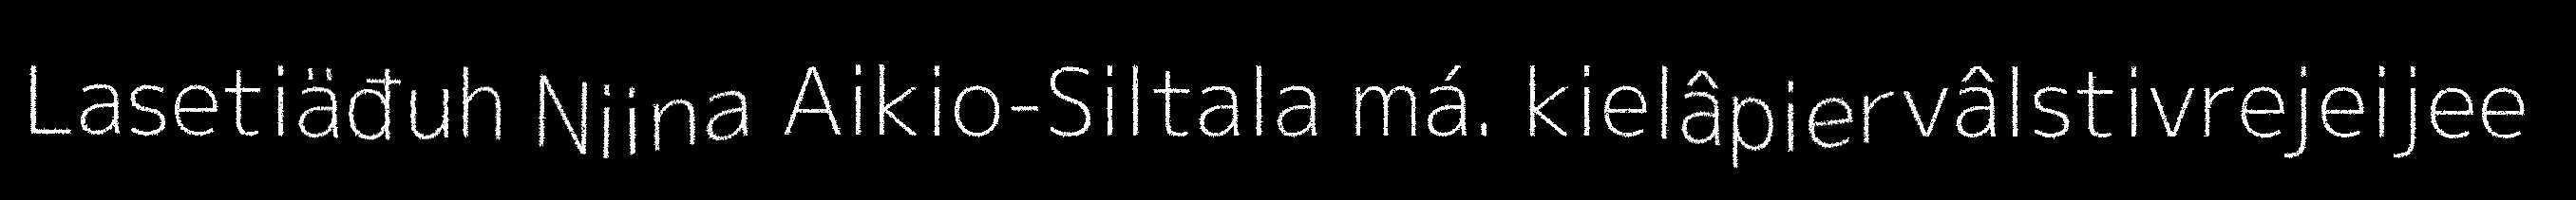
Lasetiäđuh Niina Aikio-Siltala má. kielâpiervâlstivrejeijee